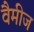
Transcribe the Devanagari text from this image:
वैमीज